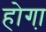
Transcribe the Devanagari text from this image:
होगा़